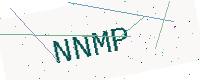
Text: NNMP